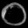
Digit: ၀